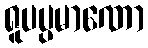
ရူပပ္ပမာဏော